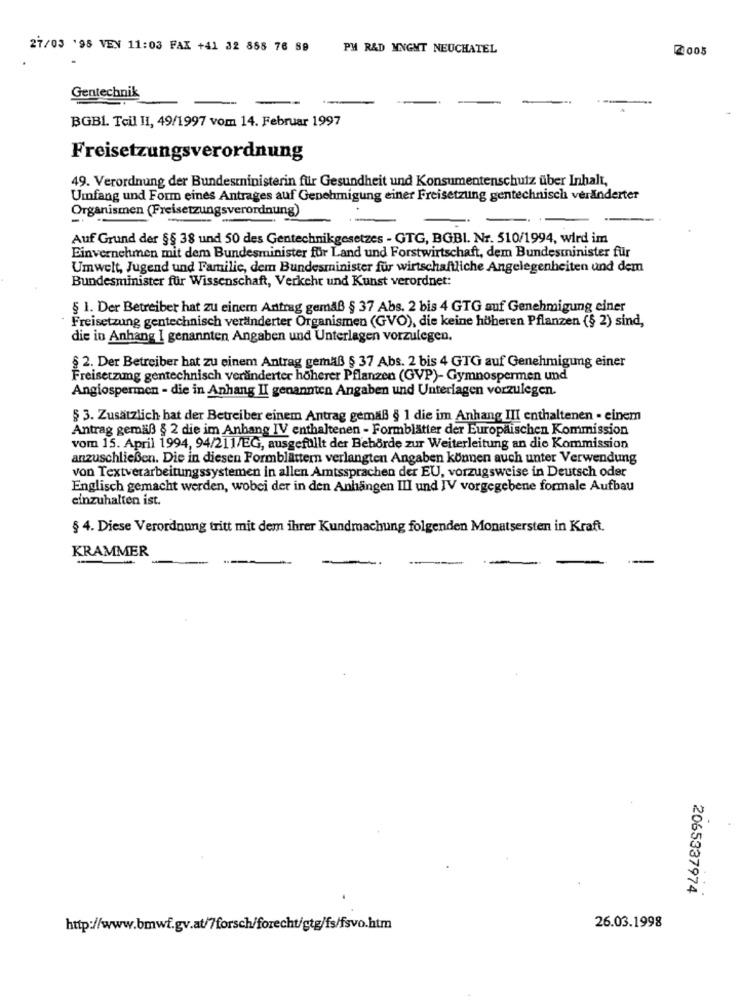
27/03 '98 VEN 11:03 FAX +41 32 858 76 89 PM RAD MNGMT NEUCHATEL
2005
Gentechnik
BGBL. Teil II, 49/1997 vom 14. Februar 1997
Freisetzungsverordnung
49. Verordnung der Bundesministerin für Gesundheit und Konsumentenschutz über Inhalt,
Umfang und Form eines Antrages auf Genehmigung einer Freisetzung gentechnisch veränderter
Organismen (Freisetzungsverordnung)
Auf Grund der §§ 38 und 50 des Gentechnikgesetzes - GTG, BGBI. Nr. 510/1994, wird im
Einvernehmen mit dem Bundesminister für Land und Forstwirtschaft, dem Bundesminister für
Umwelt, Jugend und Familic, dem Bundesminister für wirtschaftliche Angelegenheiten und dem
Bundesminister für Wissenschaft, Verkehr und Kunst verordnet:
§ 1. Der Betreiber hat zu einem Antrag gemäß § 37 Abs. 2 bis 4 GTG auf Genehmigung einer
Freisetzung gentechnisch veränderter Organismen (GVO), die keine höheren Pflanzen (§ 2) sind,
die in Anhang I genannten Angaben und Unterlagen vorzulegen.
§ 2. Der Betreiber hat zu einem Antrag gemäß § 37 Abs. 2 bis 4 GTG auf Genehmigung einer
Freisetzung gentechnisch veränderter höherer Pflanzen (GVP)- Gymnospermen und
Angiospermen - die in Anhang II genannten Angaben und Unterlagen vorzulegen.
§ 3. Zusätzlich bat der Betreiber einem Antrag gemäß § 1 die im Anhang III enthaltenen . einem
Antrag gemäß § 2 die im Anhang IV enthaltenen - Formblätter der Europäischen Kommission
vom 15. April 1994, 94/211/EG, ausgefüllt der Behörde zur Weiterleitung an die Kommission
anzuschließen. Die in diesen Formblättern verlangten Angaben können auch unter Verwendung
von Textverarbeitungssystemen in allen Amtssprachen der EU, vorzugsweise in Deutsch oder
Englisch gemacht werden, wobei der in den Anhängen III und IV vorgegebene formale Aufbau
einzuhalten ist.
§ 4. Diese Verordnung tritt mit dem ihrer Kundmachung folgenden Monatsersten in Kraft.
KRAMMER
-
2065337974
26.03.1998
http://www.bmwf.gv.at/7forsch/forecht/gtg/fs/fsvo.htm